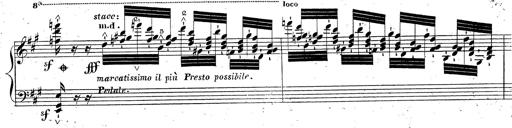
Title: Grande fantaisie sur la tyrolienne de l'opÃ©ra
Composer: Franz Liszt
Key: A major